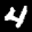
Label: 4